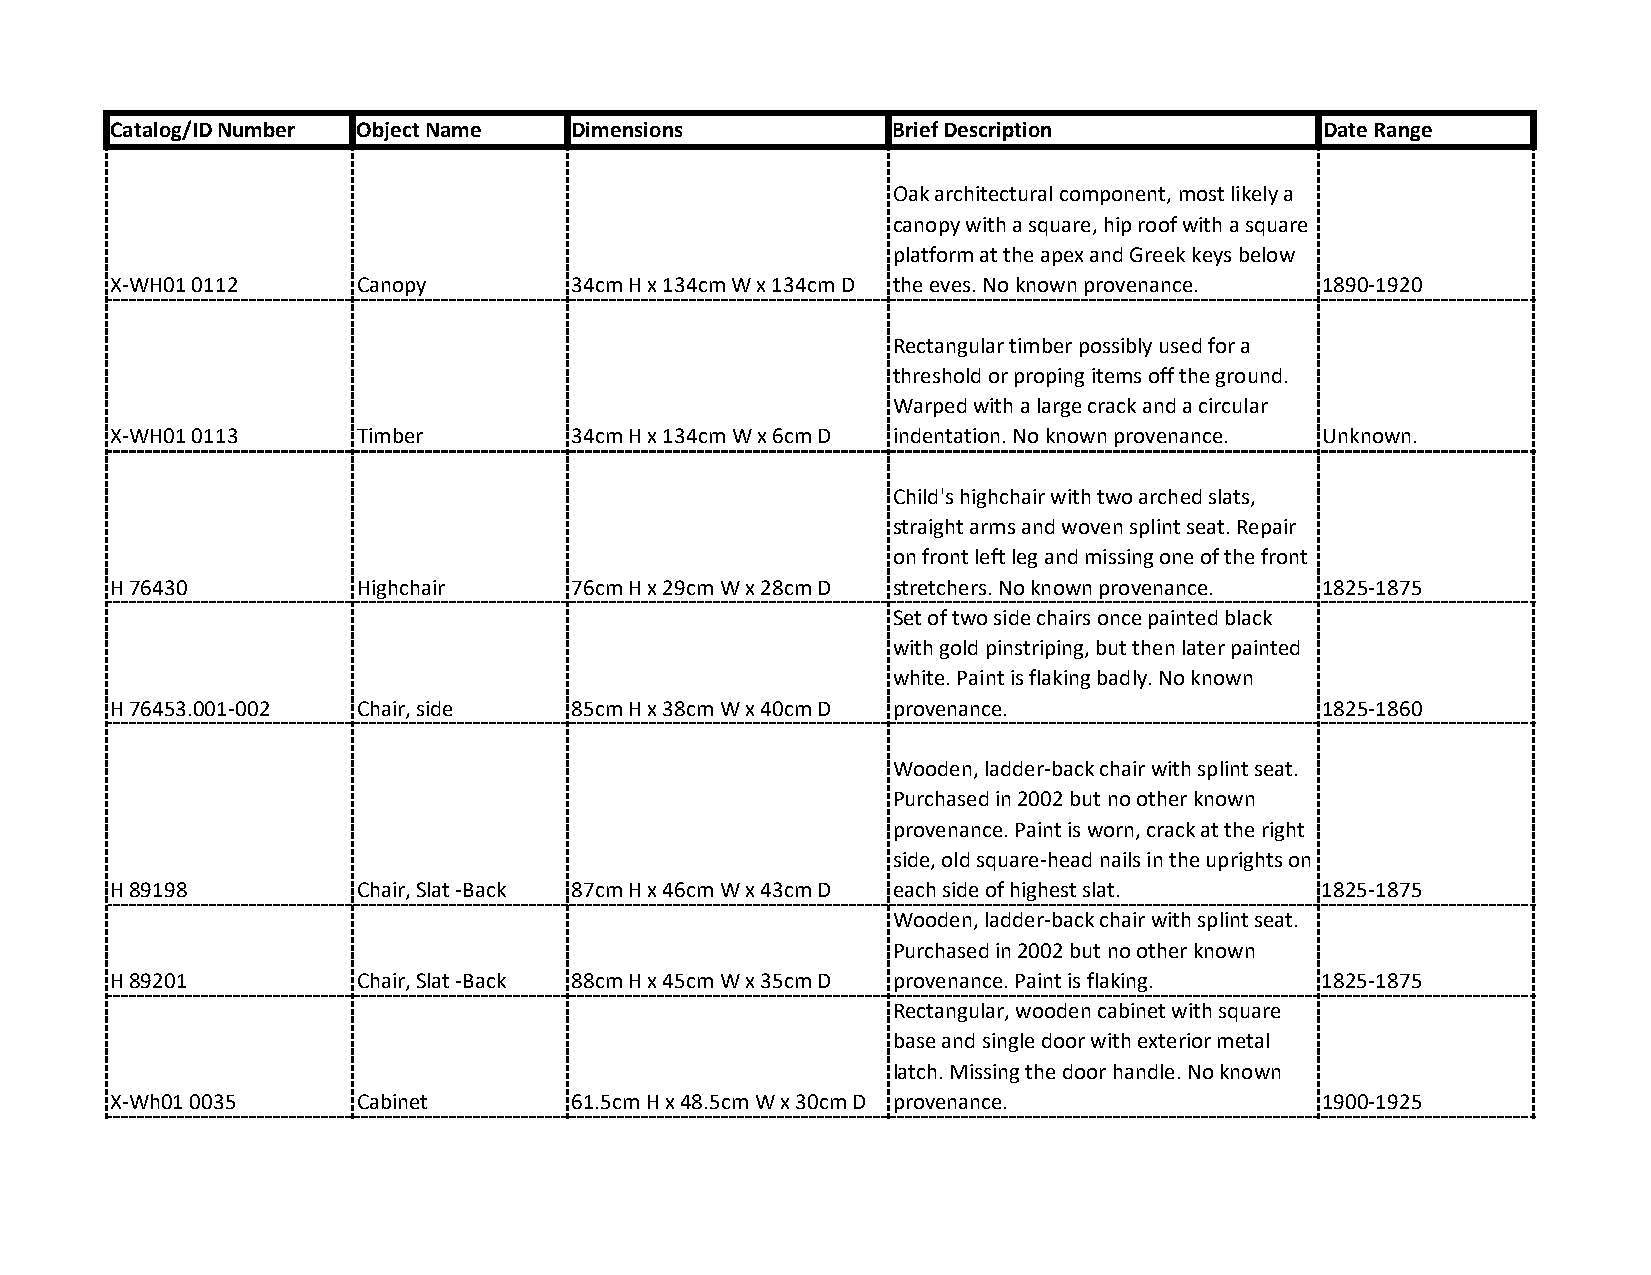
Catalog/ID Number Object Name  Dimensions           Brief Description            Date Range
 Oak architectural component, most likely a
 canopy with a square, hip roof with a square
 platform at the apex and Greek keys below
 X‐WH01 0112      Canopy        34cm H x 134cm W x 134cm D the eves. No known provenance. 1890‐1920
 Rectangular timber possibly used for a
 threshold or proping items off the ground.
 Warped with a large crack and a circular
 X‐WH01 0113      Timber        34cm H x 134cm W x 6cm D indentation. No known provenance. Unknown.
 Child's highchair with two arched slats,
 straight arms and woven splint seat. Repair
 on front left leg and missing one of the front
 H 76430          Highchair     76cm H x 29cm W x 28cm D stretchers. No known provenance. 1825‐1875
 Set of two side chairs once painted black
 with gold pinstriping, but then later painted
 white. Paint is flaking badly. No known
 H 76453.001‐002  Chair, side   85cm H x 38cm W x 40cm D provenance.              1825‐1860
 Wooden, ladder‐back chair with splint seat.
 Purchased in 2002 but no other known
 provenance. Paint is worn, crack at the right
 side, old square‐head nails in the uprights on
 H 89198          Chair, Slat ‐Back 87cm H x 46cm W x 43cm D each side of highest slat. 1825‐1875
 Wooden, ladder‐back chair with splint seat.
 Purchased in 2002 but no other known
 H 89201          Chair, Slat ‐Back 88cm H x 45cm W x 35cm D provenance. Paint is flaking. 1825‐1875
 Rectangular, wooden cabinet with square
 base and single door with exterior metal
 latch. Missing the door handle. No known
 X‐Wh01 0035      Cabinet       61.5cm H x 48.5cm W x 30cm D provenance.          1900‐1925